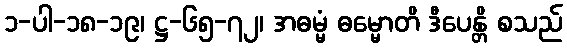
၁-ပါ-၁၈-၁၉၊ ဋ္ဌ-၆၅-၇၂၊ အဓမ္မံ ဓမ္မောတိ ဒီပေန္တိ စသည်